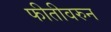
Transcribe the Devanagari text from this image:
फीतीवरुन